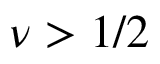
\nu > 1 / 2